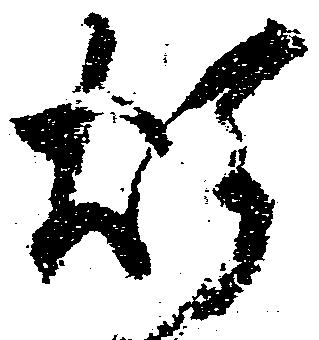
煩